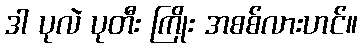
ဒါ ပုလဲ ပုတီး ကြိုး အစစ်လားဟင်။